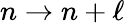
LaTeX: n\to n+\ell